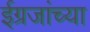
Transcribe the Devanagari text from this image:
ईग्रजांच्या